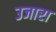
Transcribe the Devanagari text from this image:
उजारा